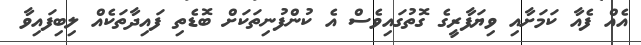
އެއް ފެއާ ކަމަށާއި ވިޔަފާރީގެ ގޮތުގައިވެސް އެ ކުންފުނިތަކަށް ބޮޑެތި ފައިދާތަކެއް ލިބިފައިވާ